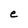
Character: e